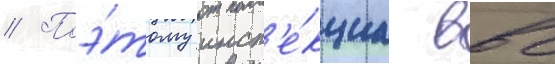
// Поэ́тому инсп'е́кциа ввс